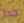
جدا